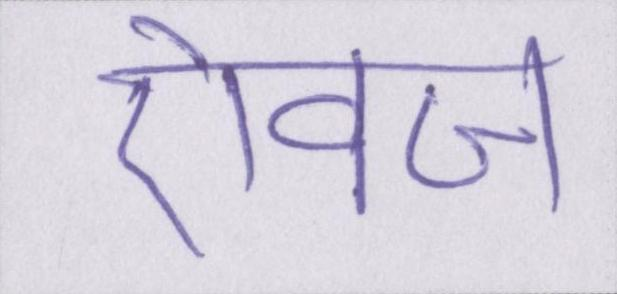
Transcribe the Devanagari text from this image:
ऐवज